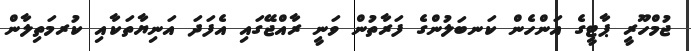
ޖުމްހޫރީ ޕާޓީގެ އަންހެން ކަނބަލުންގެ ފަރާތުން ވަނީ ރާއްޖޭގައި އެފަދަ އަނިޔާތަކާއި ކުރމަތިލާން